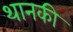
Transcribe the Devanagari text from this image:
थानकी